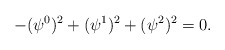
\begin{align*} -(\psi^0)^2+(\psi^1)^2+(\psi^2)^2=0.\end{align*}